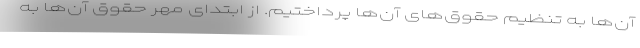
آن‌ها به تنظیم حقوق‌های آن‌ها پرداختیم. از ابتدای مهر حقوق آن‌ها به